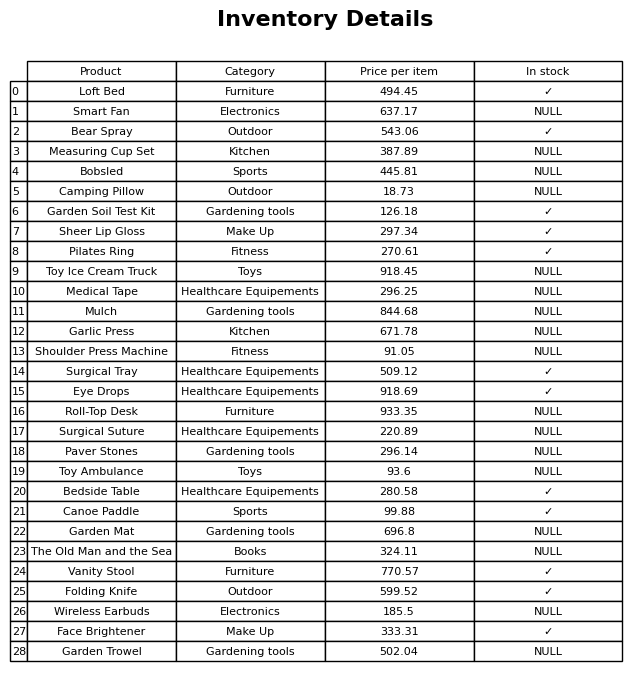
question: Which products are available in stock?
answer: Loft Bed, Bear Spray, Garden Soil Test Kit, Sheer Lip Gloss, Pilates Ring, Surgical Tray, Eye Drops, Bedside Table, Canoe Paddle, Vanity Stool, Folding Knife, Face Brightener